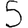
Digit: 5